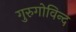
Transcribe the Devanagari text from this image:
गुरुगोविन्द